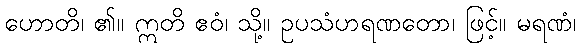
ဟောတိ၊ ၏။ ဣတိ ဧဝံ၊ သို့။ ဥပသံဟရဏတော၊ ဖြင့်။ မရဏံ၊